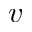
v